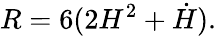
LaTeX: R=6(2H^{2}+\dot{H}).